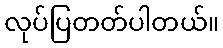
လုပ်ပြတတ်ပါတယ်။